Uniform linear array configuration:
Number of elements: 4
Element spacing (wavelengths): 0.25
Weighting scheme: exponential
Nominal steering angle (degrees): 0
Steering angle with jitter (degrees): -0.9421
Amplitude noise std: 0.05
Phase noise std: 0.05

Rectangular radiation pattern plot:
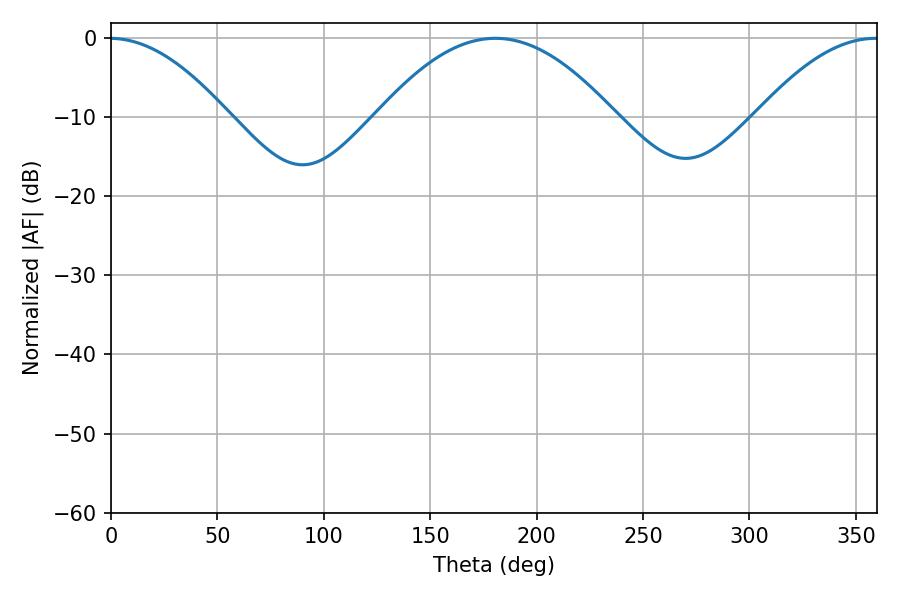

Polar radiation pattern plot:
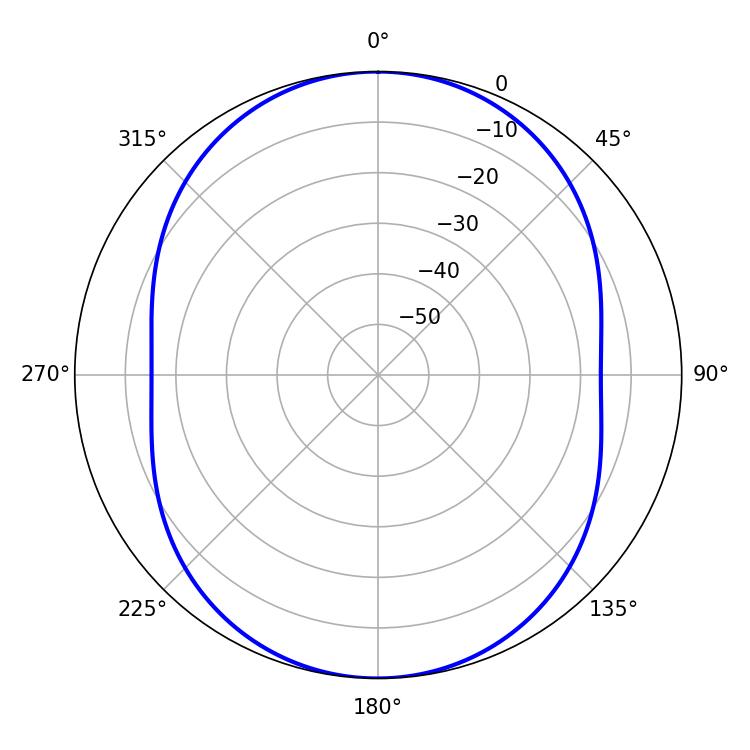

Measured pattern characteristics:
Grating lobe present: FALSE
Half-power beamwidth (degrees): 61.02
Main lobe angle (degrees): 180.54